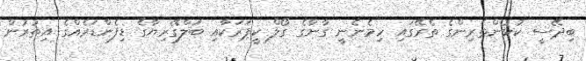
ބިދޭސީ ކުޅުންތެރިންގެ ތެރޭގައި ހިމެނެނީ ގާނާގެ ގޯލް ކީޕަރަކާއި ބަލްގޭރިޔާގެ ޑިފެންޑަރެއްގެ އިތުރުން